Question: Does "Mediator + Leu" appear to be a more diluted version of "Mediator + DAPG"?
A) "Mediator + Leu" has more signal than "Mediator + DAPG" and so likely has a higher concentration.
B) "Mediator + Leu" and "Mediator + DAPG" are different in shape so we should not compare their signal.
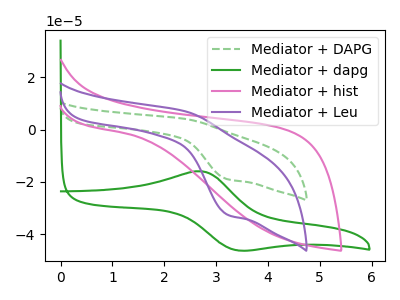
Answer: <think>The green dashed curve "Mediator + DAPG" has an anodic peak at (2.40V, 4.00uA) and a cathodic peak at (3.20V, -19.00uA). The green curve "Mediator + dapg" has an anodic peak at (2.70V, -16.00uA) and a cathodic peak at (3.40V, -46.15uA). The pink curve "Mediator + hist" has no peaks. The purple curve "Mediator + Leu" has an anodic peak at (2.40V, 6.90uA) and a cathodic peak at (3.20V, -32.55uA).
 All the peaks in "Mediator + Leu" have a peak in "Mediator + DAPG" at the same potential. Every peak in "Mediator + Leu" is higher than every peak in "Mediator + DAPG".</think>
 <answer>A) "Mediator + Leu" has more signal than "Mediator + DAPG" and so likely has a higher concentration.</answer>
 <eval>A</eval>